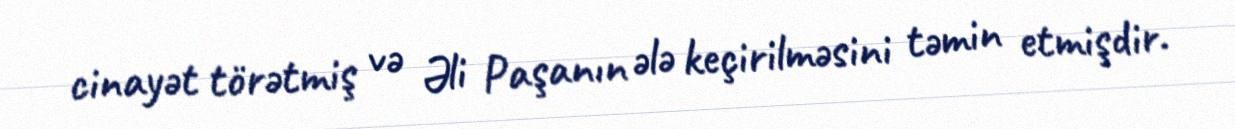
cinayət törətmiş və Əli Paşanın ələ keçirilməsini təmin etmişdir.